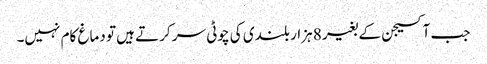
جب آکسیجن کے بغیر 8 ہزار بلندی کی چوٹی سر کرتے ہیں تو دماغ کام نہیں۔